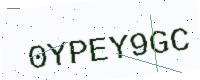
Text: 0YPEY9GC